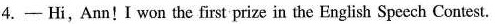
4.- Hi,Ann!Iwon the first prize in the English Speech Contest.